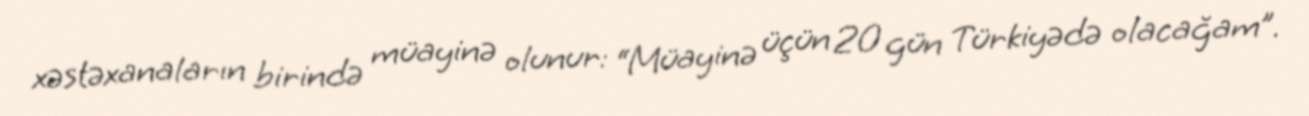
xəstəxanaların birində müayinə olunur: “Müayinə üçün 20 gün Türkiyədə olacağam”.